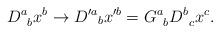
LaTeX: \begin{align*}D^a_{\;\;b}x^b \rightarrow {D'^a}_{b}x'^b = G^a_{\;\;b} D^b_{\;\;c}x^c.\end{align*}